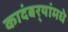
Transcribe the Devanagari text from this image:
कादंबर्‍यांमधे